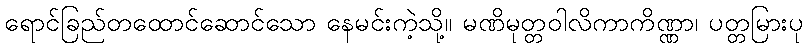
ရောင်ခြည်တထောင်ဆောင်သော နေမင်းကဲ့သို့။ မဏိမုတ္တဝါလိကာကိဏ္ဏာ၊ ပတ္တမြားပု